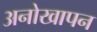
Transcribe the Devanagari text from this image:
अनोखापन